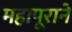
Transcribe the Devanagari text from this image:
महापूराने